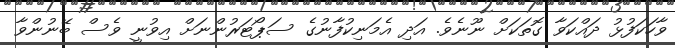
ވާހަކަފުޅު ދައްކަވާ ގޮތަކަށް ނޫނެވެ. އަދި އެމަނިކުފާނުގެ ސަޕޯޓަރުންނަށް އިވުނީ ވެސް ބޭނުންވާ